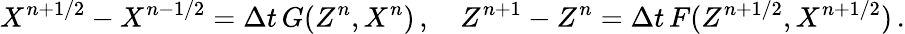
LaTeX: X^{n+1/2}-X^{n-1/2}=\Delta t\, G(Z^{n},X^{n})\, ,\quad Z^{n+1}-Z^{n}=\Delta t\, F(Z^{n+1/2},X^{n+1/2})\, .